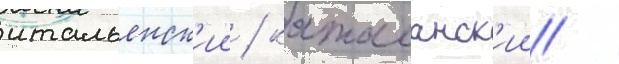
итальянск'ии / каталанск'ии /